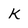
Character: K